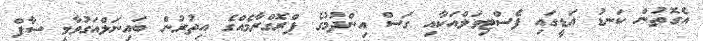
އެގޮތުން ކަނޑު އަޑީގައި ފެސްޓިވަލްއަކާއި ގަސް އިންދުމުގެ ޕްރޮގްރާމެއްގެ އިތުރުން ބައިނަލްއަގުވާމީ ސާފް